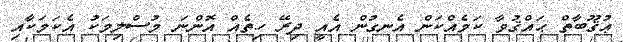
ޢުޤޫބާތް ޙައްޤުވާ ކަމެއްކަން އެނގުން އެއީ ދިރޭ ހިތެއް އޮންނަ މުސްލިމަކު އެކަމަކާއި